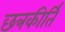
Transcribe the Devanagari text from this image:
छत्रकीर्ति